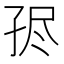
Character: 𡥧